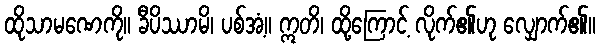
ထိုသာမဏေကို။ ခီပိဿာမိ၊ ပစ်အံ့။ ဣတိ၊ ထို့ကြောင့် လိုက်၏ဟု လျှောက်၏။